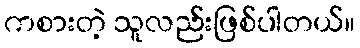
ကစားတဲ့ သူလည်းဖြစ်ပါတယ်။